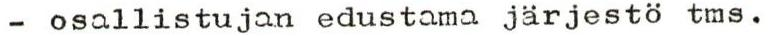
 - osallistujan edustama järjestö tms.